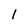
Character: l